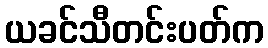
ယခင်သီတင်းပတ်က